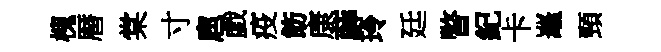
槐暦棠寸扈戯疫飭康薜玲廷瞥紀卡鼉頸